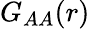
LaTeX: G_{AA}(r)